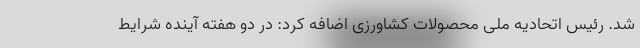
شد. رئیس اتحادیه ملی محصولات کشاورزی اضافه کرد: در دو هفته آینده شرایط